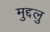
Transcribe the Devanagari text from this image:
मुद्दलु